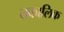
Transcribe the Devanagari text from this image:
तकालिक